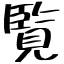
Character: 覧